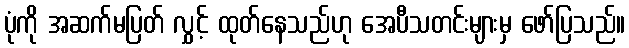
ပုံကို အဆက်မပြတ် လွှင့် ထုတ်နေသည်ဟု အေပီသတင်းများမှ ဖော်ပြသည်။